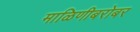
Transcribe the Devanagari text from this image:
माळिणीबरोबर